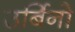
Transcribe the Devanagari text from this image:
उर्बिनो